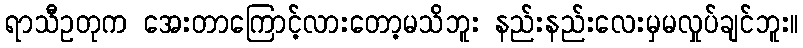
ရာသီဥတုက အေးတာကြောင့်လားတော့မသိဘူး နည်းနည်းလေးမှမလှုပ်ချင်ဘူး။